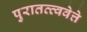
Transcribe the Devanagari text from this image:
पुरातत्त्ववेत्ते